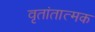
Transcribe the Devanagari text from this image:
वृतांतात्मक